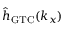
\hat { h } _ { \mathrm { G T C } } ( { k _ { x } } )